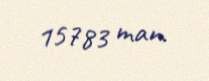
15783 man.